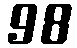
98